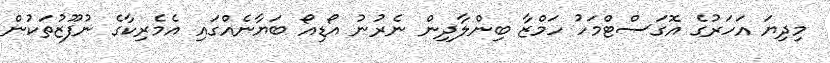
މިދިޔަ އަހަރުގެ އޮގަސްޓްމަހު ހަމްޒާ ބިންލާދިން ނެރުނު އޯޑިއޯ ބަޔާނެއްގައި އެމެރިކާގެ ނުފޫޒުތަކުން